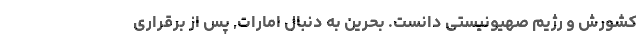
کشورش و رژیم صهیونیستی دانست. بحرین به دنبال امارات, پس از برقراری